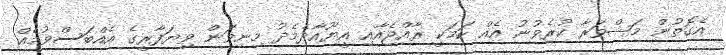
އެގޮތުން މަޝްވަރާ ކުރެވުނު އެއް ކަމަކީ ރާއްޖެއާއި އީޔޫއާދެމެދު މިނިވަން ވިޔަފާރީގެ އެއްބަސްވުމެއް